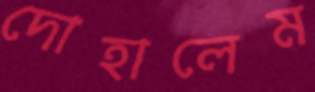
দোহালেম